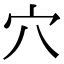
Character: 穴